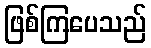
ဖြစ်ကြပေသည်